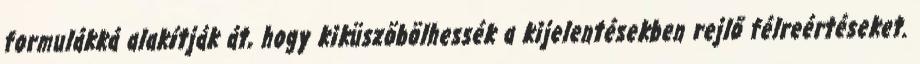
formulákká alakítják át, hogy kiküszöbölhessék a kijelentésekben rejlő félreértéseket.